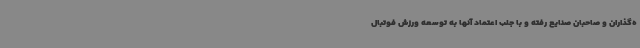
ه‌گذاران و صاحبان صنایع رفته و با جلب اعتماد آنها به توسعه ورزش فوتبال